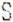
S